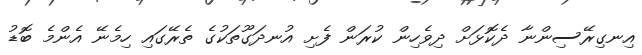
އިނގިރޭސިންނާ ދެކޮޅަށް ދިވެހިން ކުރަން ފެށި އުނދަގޫތަކުގެ ތެރޭގައި ހިމެނޭ އެންމެ ބޮޑު